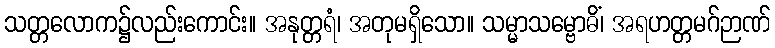
သတ္တလောက၌လည်းကောင်း။ အနုတ္တရံ၊ အတုမရှိသော။ သမ္မာသမ္ဗောဓိံ၊ အရဟတ္တမဂ်ဉာဏ်